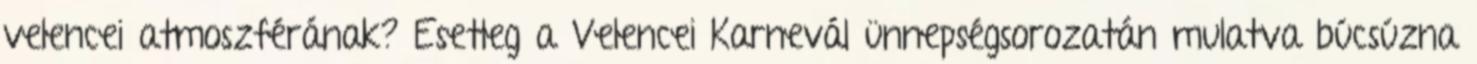
velencei atmoszférának? Esetleg a Velencei Karnevál ünnepségsorozatán mulatva búcsúzna